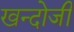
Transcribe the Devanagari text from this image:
खन्दोजी